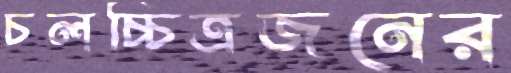
চলচ্চিত্রজনের